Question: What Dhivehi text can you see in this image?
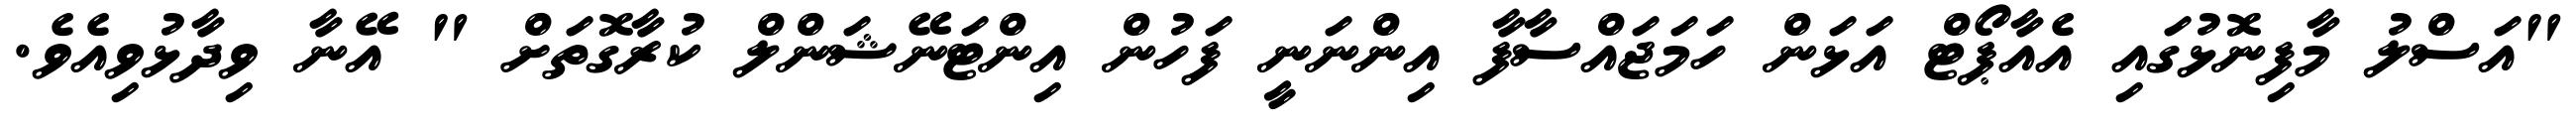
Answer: "އަސްލު މާފިނޮޅުގައި އެއާޕޯޓް އަޅަން ހަމަޖައްސާފާ އިންނަނީ ފަހުން އިންޓަނޭޝަންލް ކުރާގޮތަށް " އޭނާ ވިދާޅުވިއެވެ.